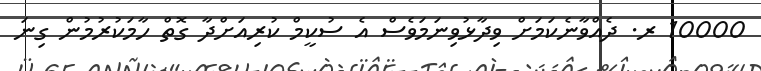
10000 ރ. ދެއްވާނެކަަމަށް ވިދާޅުވިނަމަވެސް އެ ސުކީމް ކުރިއަށްދާ ގޮތް ހާމަކުރުމުން ގިނަ